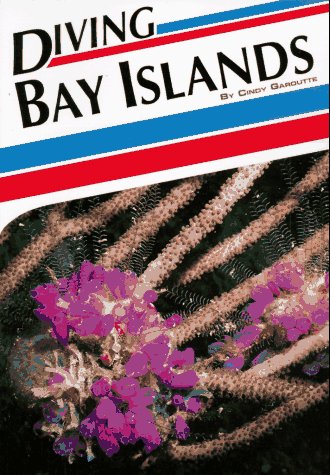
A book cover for Diving Bay Islands (Aqua Quest Diving Series); Cindy Garoutte; Travel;